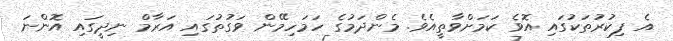
އެ ފިކުރުތަކުގައި އޮވެ ކަމަށްވާތީއެވެ. މެންދަމުގެ ހަމަހިމޭން ވަގުތުގައި އަރާމް ނިދީގައި އޮންނަ